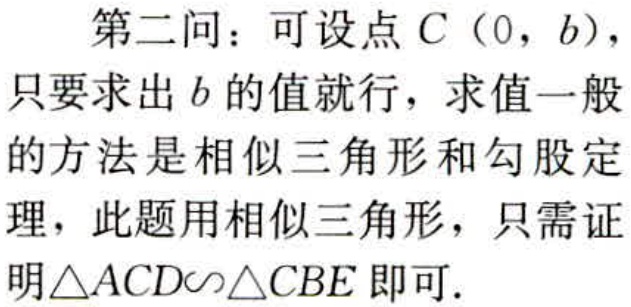
第二问：可设点\(C(0,b)\)，只要求出\(b\)的值就行，求值一般的方法是相似三角形和勾股定理，此题用相似三角形，只需证明\(\triangle ACD\backsim\triangle CBE\)即可.